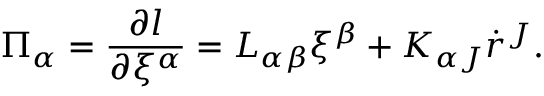
\Pi _ { \alpha } = \frac { \partial l } { \partial \xi ^ { \alpha } } = L _ { \alpha \beta } \xi ^ { \beta } + K _ { \alpha J } \dot { r } ^ { J } .